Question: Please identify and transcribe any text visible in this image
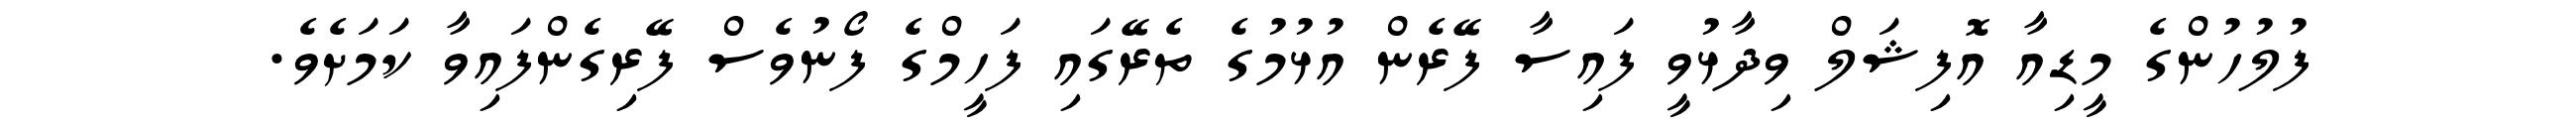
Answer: ފުލުހުންގެ މީޑިއާ އޮފިޝަލް ވިދާޅުވީ ފައިސާ ފޭރެން އުޅުމުގެ ތެރޭގައި ފަހީމްގެ ފޯނުވެސް ފޭރިގެންފައިވާ ކަމަށެވެ.